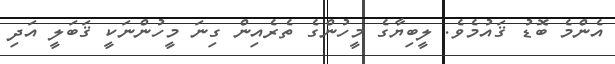
އެންމެ ބޮޑު ޤައުމެވެ. ލީބިޔާގެ މީހުންގެ ތެރެއިން ގިނަ މީހުންނަކީ ޤަބަލީ އަދި